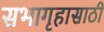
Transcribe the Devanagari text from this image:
सभागृहासाठी